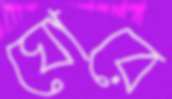
ঘোরে